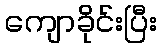
ကျောခိုင်းပြီး